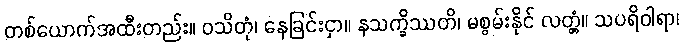
တစ်ယောက်အထီးတည်း။ ဝသိတုံ၊ နေခြင်းငှာ။ နသက္ခိဿတိ၊ မစွမ်းနိုင် လတ္တံ့။ သပရိဝါရာ၊